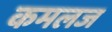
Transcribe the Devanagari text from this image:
कमलज